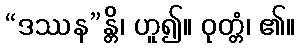
“ဒဿန”န္တိ၊ ဟူ၍။ ဝုတ္တံ၊ ၏။